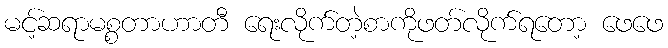
မင့်ဆရာမစ္စတာဟာတီ ရေးလိုက်တဲ့စာကိုဖတ်လိုက်ရတော့ ဖေဖေ